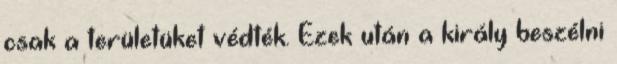
csak a területüket védték. Ezek után a király beszélni